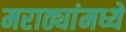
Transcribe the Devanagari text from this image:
मराठ्यांमध्ये